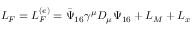
L _ { F } = L _ { F } ^ { ( e ) } = \bar { \Psi } _ { 1 6 } \gamma ^ { \mu } D _ { \mu } \Psi _ { 1 6 } + L _ { M } + L _ { x }